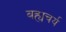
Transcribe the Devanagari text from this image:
बह्यचर्य